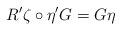
LaTeX: \begin{align*}R^{\prime }\zeta \circ \eta ^{\prime }G=G\eta \end{align*}